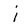
Character: i